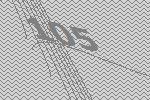
105